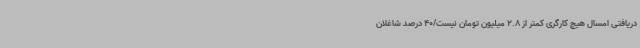
دریافتی امسال هیچ کارگری کمتر از 2.8 میلیون تومان نیست/40 درصد شاغلان